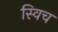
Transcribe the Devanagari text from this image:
स्‍विच